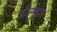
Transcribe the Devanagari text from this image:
कीनझर